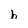
Character: h